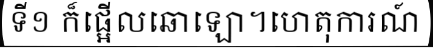
ទី១ ក៏ផ្អើលឆោឡោ។ហេតុការណ៍